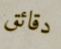
دقائق